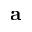
\mathbf { a }